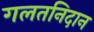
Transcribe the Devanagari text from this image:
गलतनिदान